Source: Computer-generated
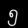
Digit: ၅ (5)